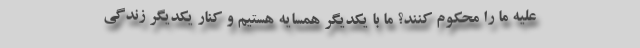
علیه ما را محکوم کنند؟ ما با یکدیگر همسایه هستیم و کنار یکدیگر زندگی